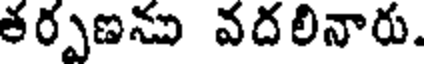
తర్పణను వదలినారు.